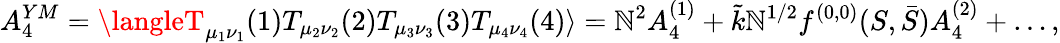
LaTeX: {A_{4}^{YM}=\langleT_{\mu_{1}\nu_{1}}(1)T_{\mu_{2}\nu_{2}}(2)T_{\mu_{3}\nu_{3}}(3)T_{\mu_{4}\nu_{4}}(4)\rangle=\mathbb{N}^{2}A_{4}^{(1)}+\tilde{{k}}\mathbb{N}^{1/2}f^{(0,0)}(S,\bar{{S}})A_{4}^{(2)}+\dots,}